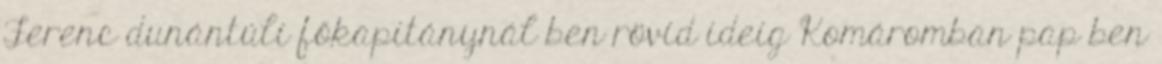
Ferenc dunántúli főkapitánynál ben rövid ideig Komáromban pap ben